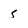
Character: s